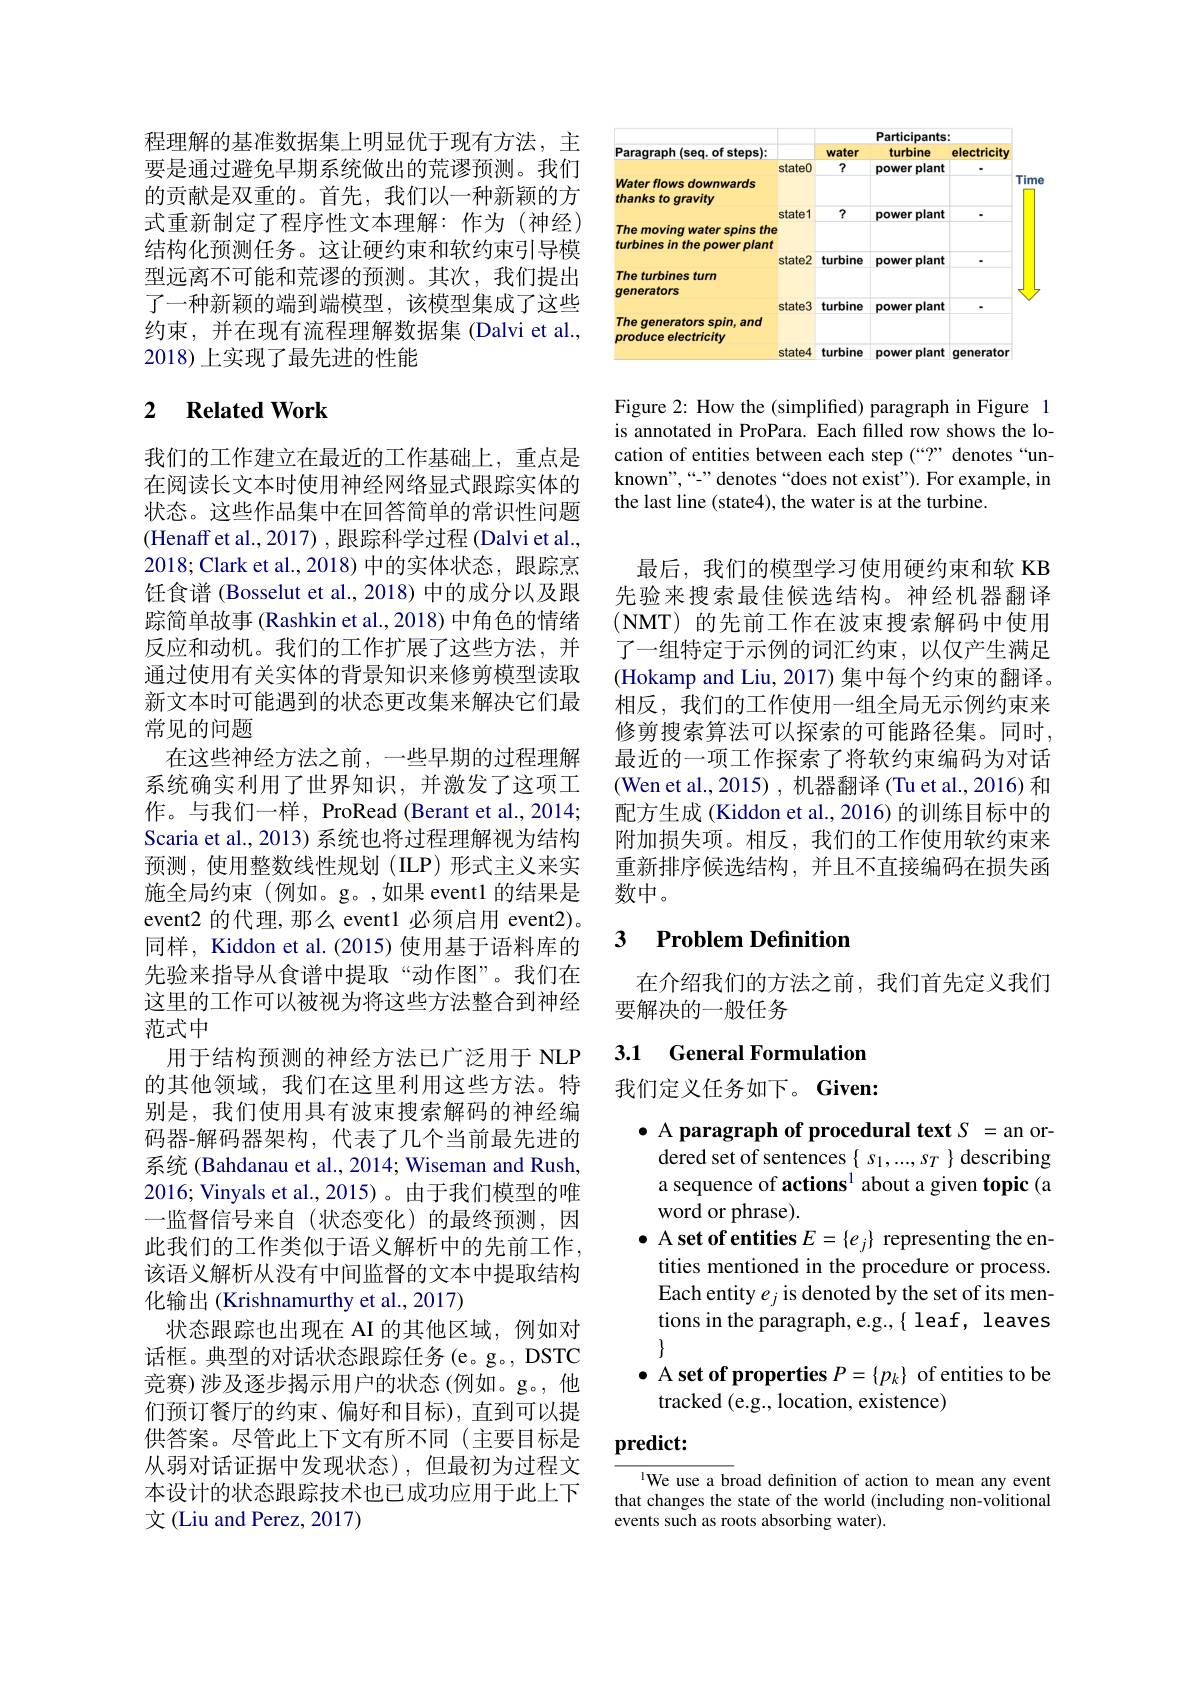
程理解的基准数据集上明显优于现有方法，主要是通过避免早期系统做出的荒谬预测。我们的贡献是双重的。首先，我们以一种新颖的方式重新制定了程序性文本理解：作为(神经) 结构化预测任务。这让硬约束和软约束引导模型远离不可能和荒谬的预测。其次，我们提出了一种新颖的端到端模型，该模型集成了这些约束，并在现有流程理解数据集(Dalvi et al., 2018)上实现了最先进的性能

## 2 $\textbf{Related Work}$

我们的工作建立在最近的工作基础上，重点是在阅读长文本时使用神经网络显式跟踪实体的状态。这些作品集中在回答简单的常识性问题(Henaff et al., 2017) , 跟踪科学过程 (Dalvi et al., 2018;Clark et al.,2018)中的实体状态，跟踪烹饪食谱 (Bosselut et al., 2018) 中的成分以及跟踪简单故事 (Rashkin et al., 2018) 中角色的情绪反应和动机。我们的工作扩展了这些方法，并通过使用有关实体的背景知识来修剪模型读取新文本时可能遇到的状态更改集来解决它们最常见的问题
在这些神经方法之前，一些早期的过程理解系统确实利用了世界知识，并激发了这项工作。与我们一样，ProRead (Berant et al., 2014; Scaria et al., 2013) 系统也将过程理解视为结构预测，使用整数线性规划(ILP)形式主义来实施全局约束(例如。g。,如果 event1 的结果是event2 的代理，那么 event1 必须启用 event2)。同样，Kiddon et al.(2015) 使用基于语料库的先验来指导从食谱中提取“动作图”。我们在这里的工作可以被视为将这些方法整合到神经范式中
用于结构预测的神经方法已广泛用于 NLP 的其他领域，我们在这里利用这些方法。特别是，我们使用具有波束搜索解码的神经编码器-解码器架构，代表了几个当前最先进的系统 (Bahdanau et al., 2014; Wiseman and Rush, 2016; Vinyals et al., 2015)。由于我们模型的唯一监督信号来自(状态变化)的最终预测，因此我们的工作类似于语义解析中的先前工作， 该语义解析从没有中间监督的文本中提取结构化输出(Krishnamurthy et al., 2017)
状态跟踪也出现在 AI 的其他区域，例如对话框。典型的对话状态跟踪任务(e。g。, DSTC 竞赛)涉及逐步揭示用户的状态(例如。g。,他们预订餐厅的约束、偏好和目标),直到可以提供答案。尽管此上下文有所不同(主要目标是从弱对话证据中发现状态),但最初为过程文本设计的状态跟踪技术也已成功应用于此上下文 (Liu and Perez, 2017)

<FigureHere>

Figure 2: How the (simplified) paragraph in Figure 1 is annotated in ProPara. Each filled row shows the location of entities between each step (“”” denotes“unknown",“-” denotes“does not exist”). For example, in the last line (state4), the water is at the turbine.

最后，我们的模型学习使用硬约束和软 KB 先验来搜索最佳候选结构。神经机器翻译(NMT)的先前工作在波束搜索解码中使用了一组特定于示例的词汇约束，以仅产生满足(Hokamp and Liu, 2017) 集中每个约束的翻译。相反，我们的工作使用一组全局无示例约束来修剪搜索算法可以探索的可能路径集。同时， 最近的一项工作探索了将软约束编码为对话(Wen et al., 2015) , 机器翻译 (Tu et al., 2016) 和配方生成 (Kiddon et al., 2016) 的训练目标中的附加损失项。相反，我们的工作使用软约束来重新排序候选结构，并且不直接编码在损失函数中。

# 3 Problem Definition

在介绍我们的方法之前，我们首先定义我们
要解决的一般任务

3.1 General Formulation

我们定义任务如下。Given:

$\bullet$ A paragraph of procedural text S = an or-
dered set of sentences $\{~s_1,...,s_T~\}$ describing a sequence of actions$^{1}$ about a given topic (a word or phrase).
$\bullet$ A set of entities $E=\{e_j\}$ representing the en-
tities mentioned in the procedure or process. Each entity $e_j$ is denoted by the set of its mentions in the paragraph, e.g., $\{$ leaf, leaves
$\bullet$ A set of properties $P=\{p_k\}$ of entities to be
tracked (e.g., location, existence)

predict:

$^{\text{l}}$We use a broad definition of action to mean any event that changes the state of the world (including non-volitional events such as roots absorbing water).